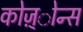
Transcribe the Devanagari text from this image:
कोज़्ोन्स